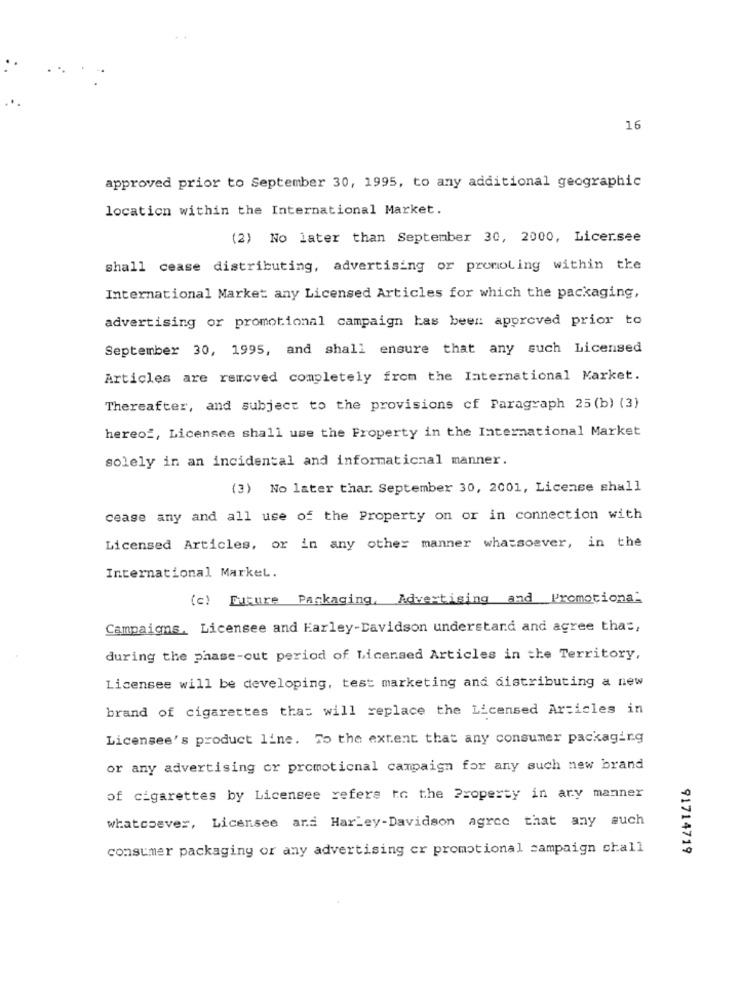
16
approved prior to September 30, 1995, to any additional geographic
location within the International Market.
(2) No later than September 30, 2000, Licer.see
shall cease distributing, advertising or promoting within the
International Market any Licensed Articles for which the packaging,
advertising or promotional campaign has been approved prior to
September 30, 1995, and shall ensure that any such Licensed
Articles are removed completely from the International Market.
Thereafter, and subject to the provisions cf Paragraph 25 (b) (3)
hereof, Licensee shall use the Property in the International Market
solely in an incidental and informaticnal manner.
(3) No later thar. September 30, 2001, License shall
cease any and all use of the Property on or in connection with
Licensed Articles, or in any other manner whatsoever, in the
International Market.
(c) Future Packaging, Advertising and Promotiona:
Campaigns. Licensee and Harley-Davidson understand and agree that,
during the phase-out period of Licensed Articles in the Territory,
Licensee will be developing, test marketing and distributing a new
brand of cigarettes that will replace the Licensed Articles in
Licensee's product line. To the extent that any consumer packaging
or any advertising or promotional campaign for any such new brand
of cigarettes by Licensee refers to the Property in ary manner
whatsoever, Licensee ard Harley-Davidson agree that any such
consumer packaging or any advertising er promotional campaign chall
91714719